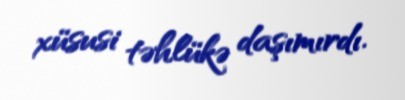
xüsusi təhlükə daşımırdı.